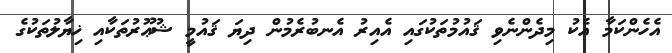
އެހެންކަމާ އެކު މިދެންނެވި ޤައުމުތަކުގައި އެއިރު އެނބުރެމުން ދިޔަ ޤައުމީ ޝުޢޫރުތަކާއި ޚިޔާލުތަކުގެ